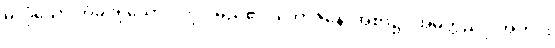
မလုံသော တံခါးရှိသော ပုဂ္ဂိုလ်မည်၏။ ဘောဇနေ၊ အစာ၌။ အမတ္တညူ၊ အတိုင်း